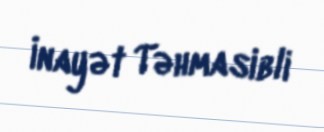
İnayət Təhmasibli